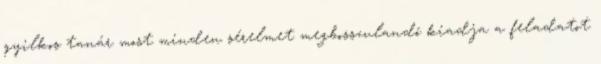
gyilkos tanár most minden sérelmet megbosszulandó kiadja a feladatot